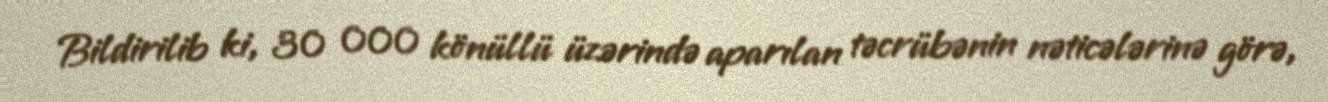
Bildirilib ki, 30 000 könüllü üzərində aparılan təcrübənin nəticələrinə görə,